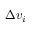
\Delta { } v _ { i }